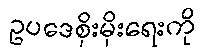
ဥပဒေစိုးမိုးရေးကို